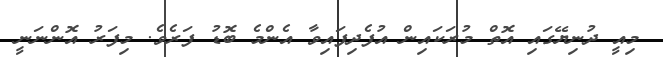
މިއީ ދުނިޔޭގައި އޮތް މުރަކައިން އުފެދިފައިވާ އެންމެ ބޮޑު ފަރެވެ. މިފަރު އޮންނަނީ